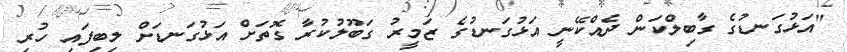
"އަޅުގަނޑުގެ ގާބިލްކަން ދެއްކޭނީ އަޅުގަނޑުގެ ޒަމީރު ގަބޫލުކުރާ ގޮތަށް އަޅުގަނޑަށް ލިބިފައި ހުރި